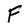
Character: F